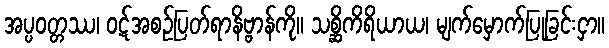
အပ္ပဝတ္တဿ၊ ဝဋ်အစဉ်ပြတ်ရာနိဗ္ဗာန်ကို။ သစ္ဆိကိရိယာယ၊ မျက်မှောက်ပြုခြင်းငှာ။